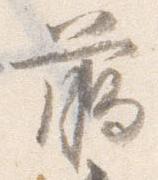
臈